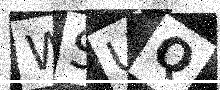
Text: WSUQ